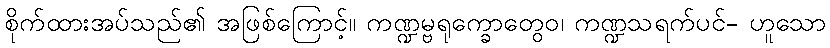
စိုက်ထားအပ်သည်၏ အဖြစ်ကြောင့်။ ကဏ္ဍမ္ဗရုက္ခောတွေဝ၊ ကဏ္ဍသရက်ပင်- ဟူသော